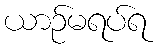
ယာဉ်မရပ်ရ